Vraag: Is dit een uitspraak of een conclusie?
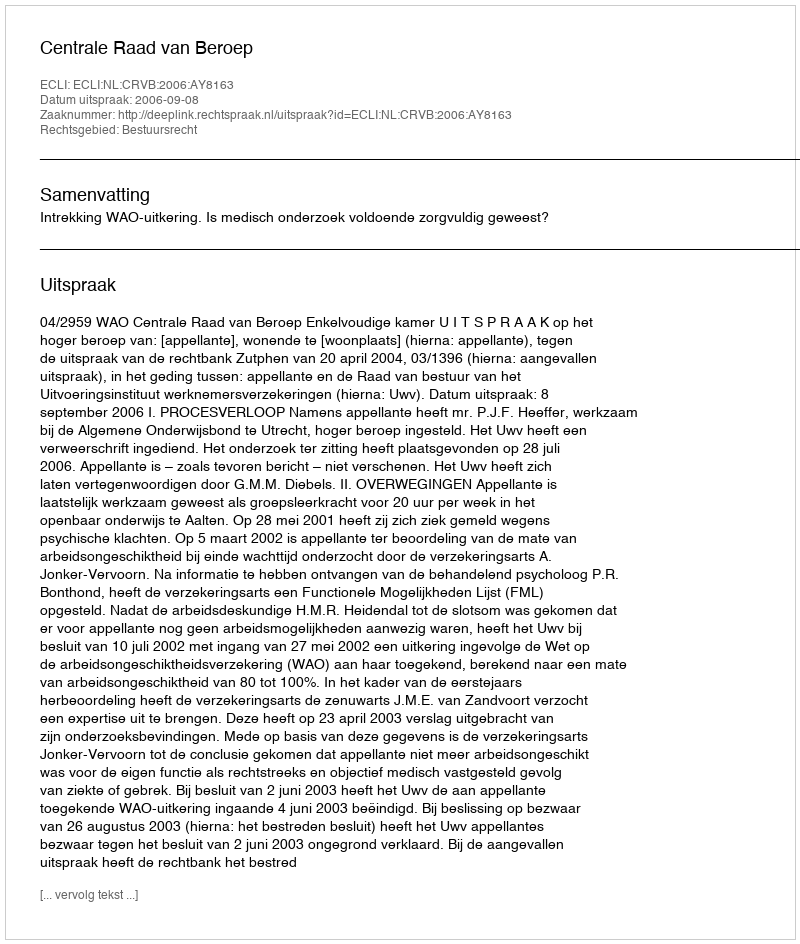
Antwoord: Uitspraak